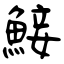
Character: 鯜